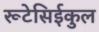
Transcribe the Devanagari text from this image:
रूटेसिईकुल